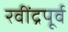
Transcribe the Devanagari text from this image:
रवींद्रपूर्व